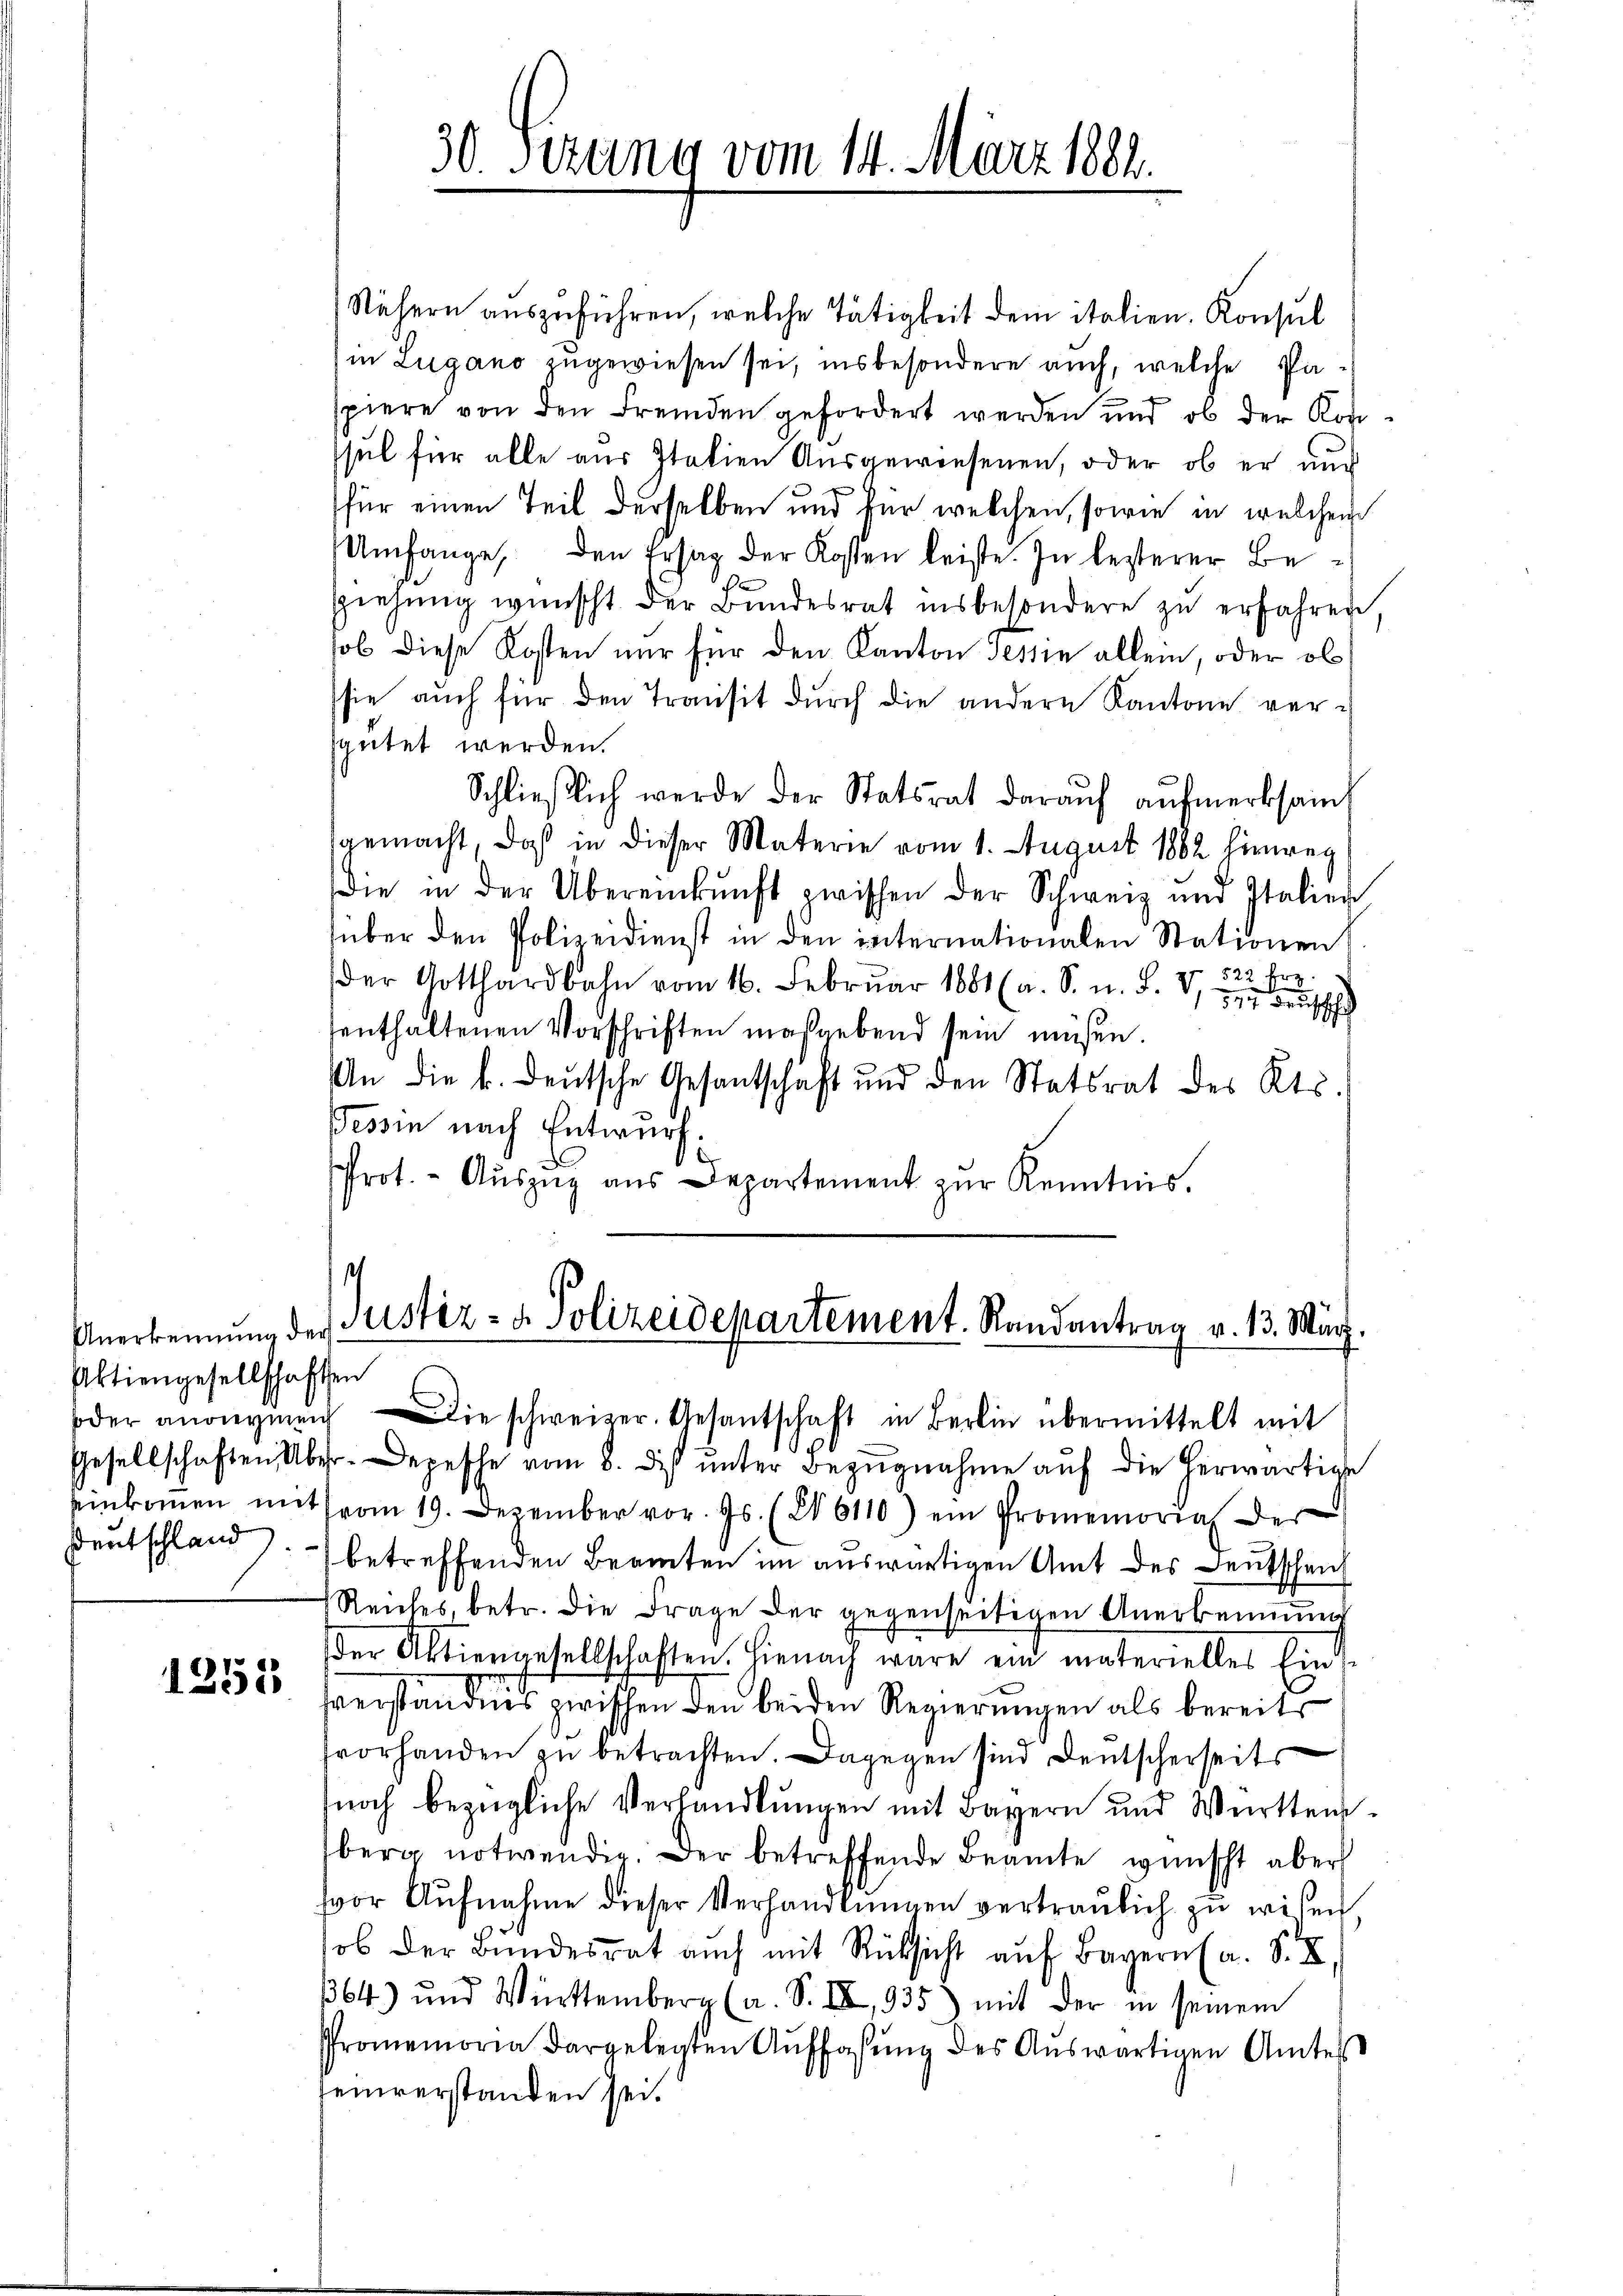
Anerkennung der
Aktiengesellschaften

1255

Nähern auszuführen, welche Tätigkeit dem italien. Konsul
in Lugano zugewiesen sei, insbesondere auch, welche Paspiere von den Fremden gefordert werden und ob der Konsul für alle aus Italien Ausgewiesenen, oder ob er auch
für einen Teil derselben und für welchen, sowie in welchem
Umfange, den Erstag der Kosten leiste. In lezterer Beziehŭng wünscht der Bŭndesrat insbesondere zŭ erfahren,
sol diese Kosten nur für den Kanton Tessin allein, oder ob
sie auch für den Transit durch die andern Kantone versgütet werden.
Schlieβlich werde der Statsrat daraŭf aŭfmerksamt
gemacht, daß in dieser Materie vom 1. August 1882 hinwegdie in der Übereinkunft zwischen der Schweiz und Italier
über den Polizeidienst in den internationalen Stationen
522 Erg
der Gotthardbahn vom 16. Febrŭar 1881 (a. S. n. F. V. Besch
enthaltenen Vorschriften maßgebend sein müßen.
An die k. deutsche Gesantschaft und den Statsrat des Kts.
essin nach Entwurf.
Prot. - Aŭszŭg aŭs Departement zŭr Kenntnis.

30. Serung vom 14. März 1884.

1
Justiz- & Polizeidepartement. Randantrag v. 13. März.

oder anregŭng die schweizer. Gesantschaft in Berlin übermittelt mit
Gesellschaften Über. Depesche vom 8. dis ŭnter Bezŭgnahme aŭf die herwärtige
einkoṁen mit vom 19. Dezember vor. Js. (26110) ein Promemorial der
Deutschland betreffenden Beamten im auswärtigen Amt des Deutschen
Reiches, betr. die Frage der gegenseitigen Anerkennung
der Aktiengesellschaften. Hienach wäre ein materielles Eins
verständnis zwischen den beiden Regierungen als bereits
fvorhanden zu betrachten. Dagegen sind Deutscherseits
noch bezügliche Verhandlungen mit Bayern und Württemberg notwendig. Der betreffende Beamte wünscht aber
vor Aŭfnahme dieser Verhandlungen vertraulich zu wisen
ob der Bŭndesrat auch mit Rücksicht aŭf Bayern (a. S. X
364) und Württemberg (a. S. II, 935) mit der in seinem
Promemoria dargelegten Auffassung des Auswärtigen Amtes
einverstanden sei.